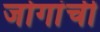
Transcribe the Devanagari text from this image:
जोगांची